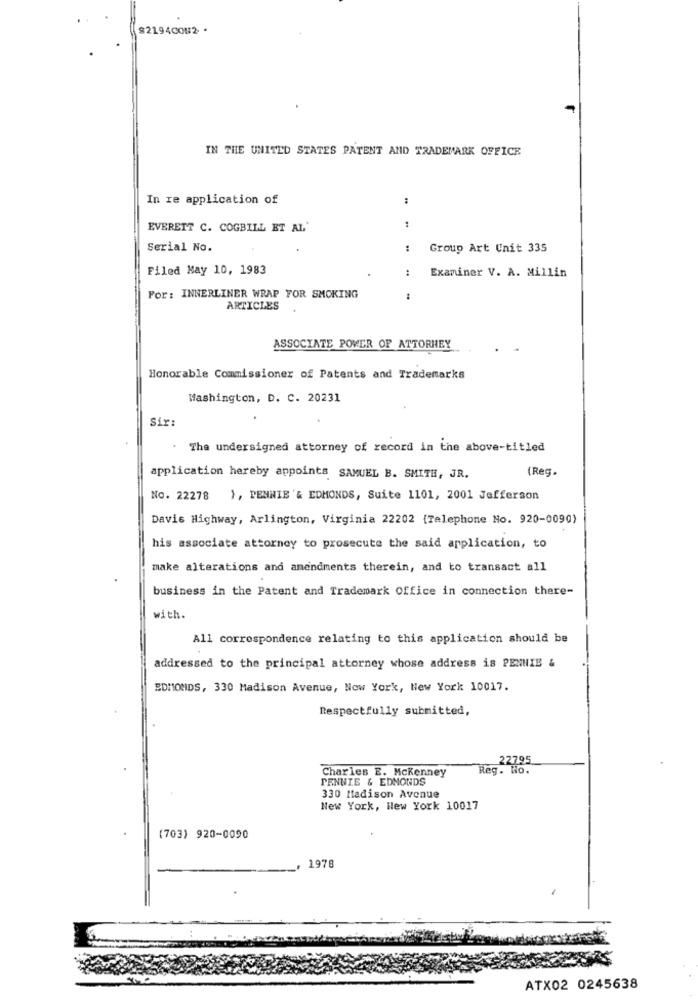
$2194CO#2 .
IN THE UNITED STATES PATENT AND TRADEMARK OFFICE
In re application of
:
EVERETT C. COGBILL ET AL'
Serial No.
Group Art Unit 335
Filed May 10, 1983
:
Examiner V. A. Millin
For: INNERLINER WRAP FOR SMOKING
ARTICLES
ASSOCIATE POWER OF ATTORNEY
Honorable Commissioner of Patents and Trademarks
Washington, D. C. 20231
Six:
The undersigned attorney of record in the above-titled
(Reg.
application hereby appoints SAMUEL B. SMITH, JR.
No. 22278
), PENNIE'& EDMONDS, Suite 1101, 2001 Jefferson
Davis Highway, Arlington, Virginia 22202 (Telephone No. 920-0090)
his associate attorney to prosecute the said application, to
make alterations and amendments therein, and to transact all
business in the Patent and Trademark Office in connection there-
with.
All correspondence relating to this application should be
addressed to the principal attorney whose address is PENNIE &
EDMONDS, 330 Madison Avenue, New York, New York 10017.
Respectfully submitted,
22795
Charles E. Mckenney
Reg. No.
PENWIE & EDMONDS
330 Madison Avenue
New York, New York 10017
(703) 920-0090
1978
ATX02 0245638